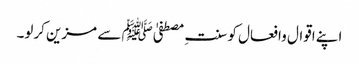
اپنے اقوال وافعال کو سنتِ مصطفیٰﷺ سے مزین کرلو۔